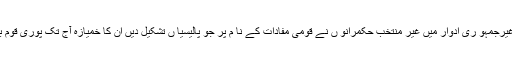
پا کستا ن میں غیرجمہو ری ادوار میں غیر منتخب حکمرانو ں نے قومی مفادات کے نا م پر جو پالیسیا ں تشکیل دیں اُن کا خمیازہ آج تک پوری قوم بھگت رہی ہے۔